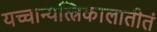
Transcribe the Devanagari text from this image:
यच्चान्यत्त्रिकालातीतं